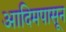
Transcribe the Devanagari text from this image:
आदिमपासून